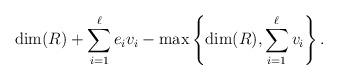
LaTeX: \begin{align*} \dim(R)+\sum^\ell_{i=1}e_iv_i - \max\left\{\dim(R), \sum_{i=1}^\ell v_i\right\}. \end{align*}